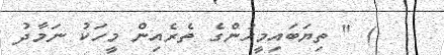
) " ތިޔަބައިމީހުންގެ ތެރެއިން މީހަކު ނަމާދު